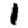
Digit: 1